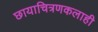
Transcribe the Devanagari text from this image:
छायाचित्रणकलाही